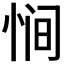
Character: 𫺒